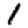
Digit: 1